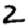
Digit: 2